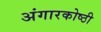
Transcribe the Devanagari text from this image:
अंगारकोष्ठी